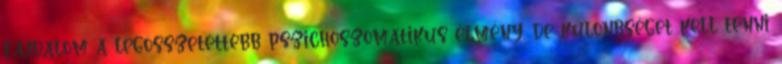
fájdalom a legösszetettebb pszichoszomatikus élmény, de különbséget kell tenni